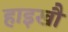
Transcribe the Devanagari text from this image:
हाइखौ